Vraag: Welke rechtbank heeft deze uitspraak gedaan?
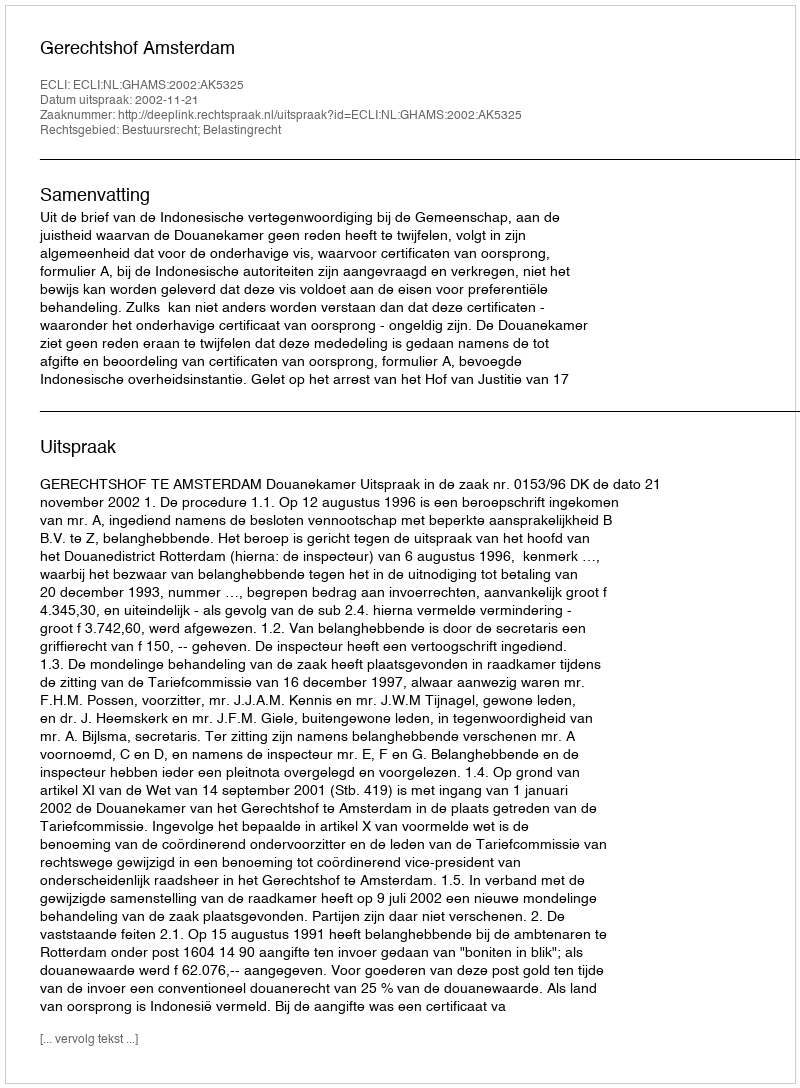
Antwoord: Gerechtshof Amsterdam